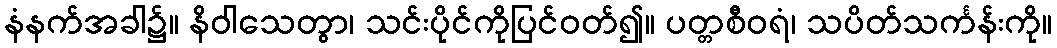
နံနက်အခါ၌။ နိဝါသေတွာ၊ သင်းပိုင်ကိုပြင်ဝတ်၍။ ပတ္တစီဝရံ၊ သပိတ်သင်္ကန်းကို။